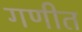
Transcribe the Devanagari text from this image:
गणीत